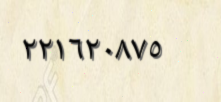
٢٢١٦٢٠٨٧٥